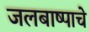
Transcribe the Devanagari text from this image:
जलबाष्पाचे